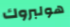
هولبروك